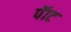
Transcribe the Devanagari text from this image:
पॅाट